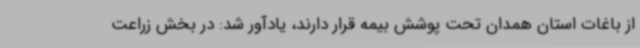
از باغات استان همدان تحت پوشش بیمه قرار دارند، یادآور شد: در بخش زراعت